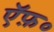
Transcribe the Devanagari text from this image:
ऍफ़०